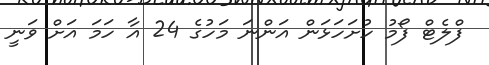
ފްލެޓް ފޯމު ހުށަހަޅަން އަންނަ މަހުގެ 24 އާ ހަމަ އަށް ވަނީ